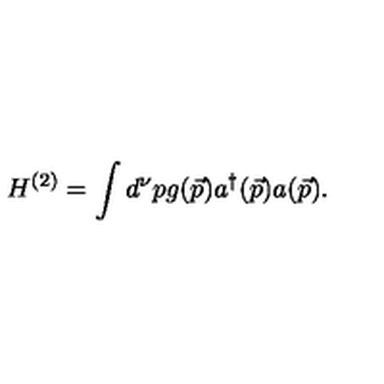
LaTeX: H ^ { ( 2 ) } = \int d ^ { \nu } p g ( \vec { p } ) a ^ { \dag } ( \vec { p } ) a ( \vec { p } ) .